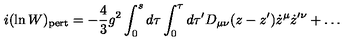
i ( \ln W ) _ { \mathrm { p e r t } } = - { \frac { 4 } { 3 } } g ^ { 2 } \int _ { 0 } ^ { s } d \tau \int _ { 0 } ^ { \tau } d \tau ^ { \prime } D _ { \mu \nu } ( z - z ^ { \prime } ) \dot { z } ^ { \mu } \dot { z } ^ { \prime \nu } + \dots